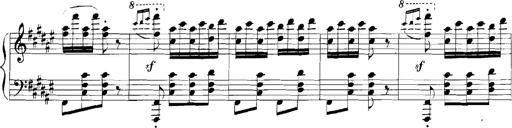
Title: Rhapsodies hongroises
Composer: Franz Liszt